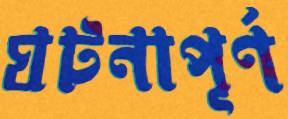
ঘটনাপূর্ণ